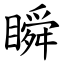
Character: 瞬